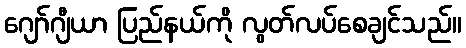
ဂျော်ဂျီယာ ပြည်နယ်ကို လွတ်လပ်စေချင်သည်။